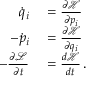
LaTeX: \begin{array} { r l } { { \dot { q } } _ { i } } & { { } = { \frac { \partial { \mathcal { H } } } { \partial p _ { i } } } } \\ { - { \dot { p } } _ { i } } & { { } = { \frac { \partial { \mathcal { H } } } { \partial q _ { i } } } } \\ { - { \frac { \partial { \mathcal { L } } } { \partial t } } } & { { } = { \frac { d { \mathcal { H } } } { d t } } \, . } \end{array}